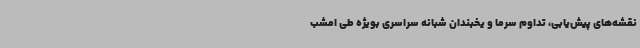
نقشه‌های پیش‌یابی، تداوم سرما و یخبندان شبانه سراسری بویژه طی امشب